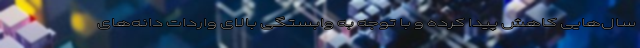
سال‌هایی کاهش پیدا کرده و با توجه به وابستگی بالای واردات دانه‌های